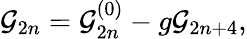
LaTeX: {\cal G}_{2n}={\cal G}_{2n}^{(0)}-g{\cal G}_{2n+4},